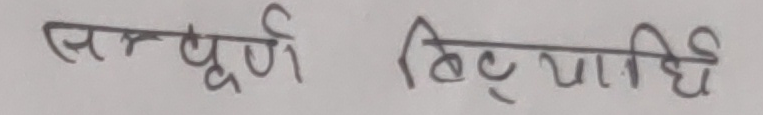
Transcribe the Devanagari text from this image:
सम्पूर्ण बिट्टियाधि